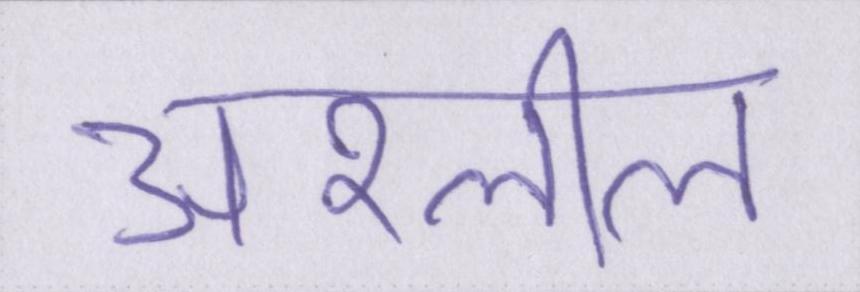
अश्लील